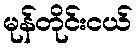
မုန်တိုင်းငယ်